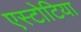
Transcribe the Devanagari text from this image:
एस्टोटिया